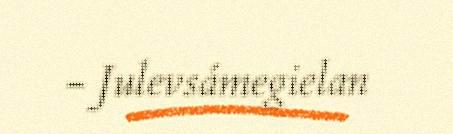
- Julevsámegielan